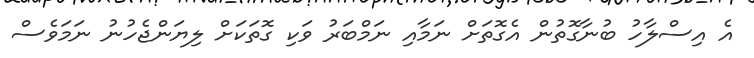
އެ އިސްލާހު ބުނާގޮތުން އެގޮތަށް ނަމާއި ނަމްބަރު ވަކި ގޮތަކަށް ލިޔަންޖެހުނު ނަމަވެސް